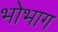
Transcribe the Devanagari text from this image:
भोभाग